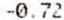
-0.72